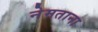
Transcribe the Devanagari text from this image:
नेमताना